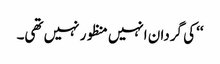
‘‘ کی گردان انہیں منظور نہیں تھی۔